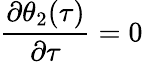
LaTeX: \frac{\partial\theta_{2}(\tau)}{\partial\tau}=0